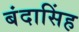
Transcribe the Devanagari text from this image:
बंदासिंह